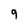
Character: 9